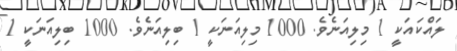
ލައްކައަކީ 1 މިލިއަނެވެ. 1000 މިލިއަނަކީ 1 ބިލިއަނެވެ. 1000 ބިލިއަނަކީ 1